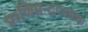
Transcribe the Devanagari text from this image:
प्राणिमन्दप्लवक